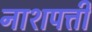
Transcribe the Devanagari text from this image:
नाशपत्ती